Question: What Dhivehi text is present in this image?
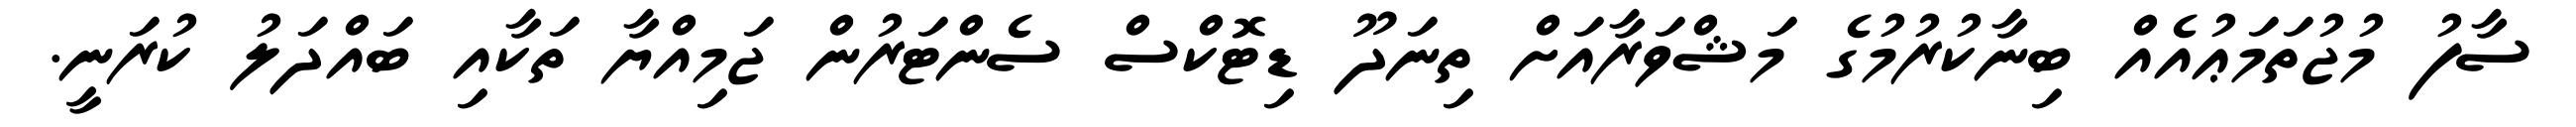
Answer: ސާފު މުޖުތަމަޢުއެއް ބިނާކުރުމުގެ މަޝްވަރާއަށް ތިނަދޫ ޑިޓޮކްސް ސެންޓަރުން ޖަމިއްޔާ ތަކާއި ބައްދަލު ކުރަނީ.